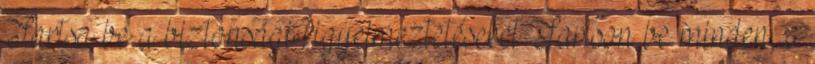
Tartsa be a biztonsági figyelmeztetéseket Tartson be minden, a